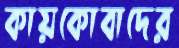
কায়কোবাদের